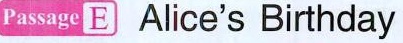
Passage EAlice's Birthday